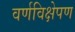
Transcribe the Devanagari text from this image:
वर्णविक्षेपण